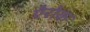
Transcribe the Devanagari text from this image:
ऐरोक